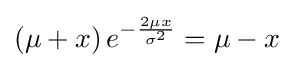
\left(\mu +x\right)e^{-{\frac {2\mu x}{\sigma ^{2}}}}=\mu -x